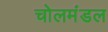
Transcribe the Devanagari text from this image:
चोलमंडल